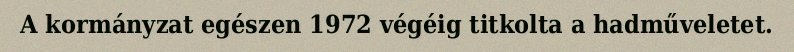
A kormányzat egészen 1972 végéig titkolta a hadműveletet.